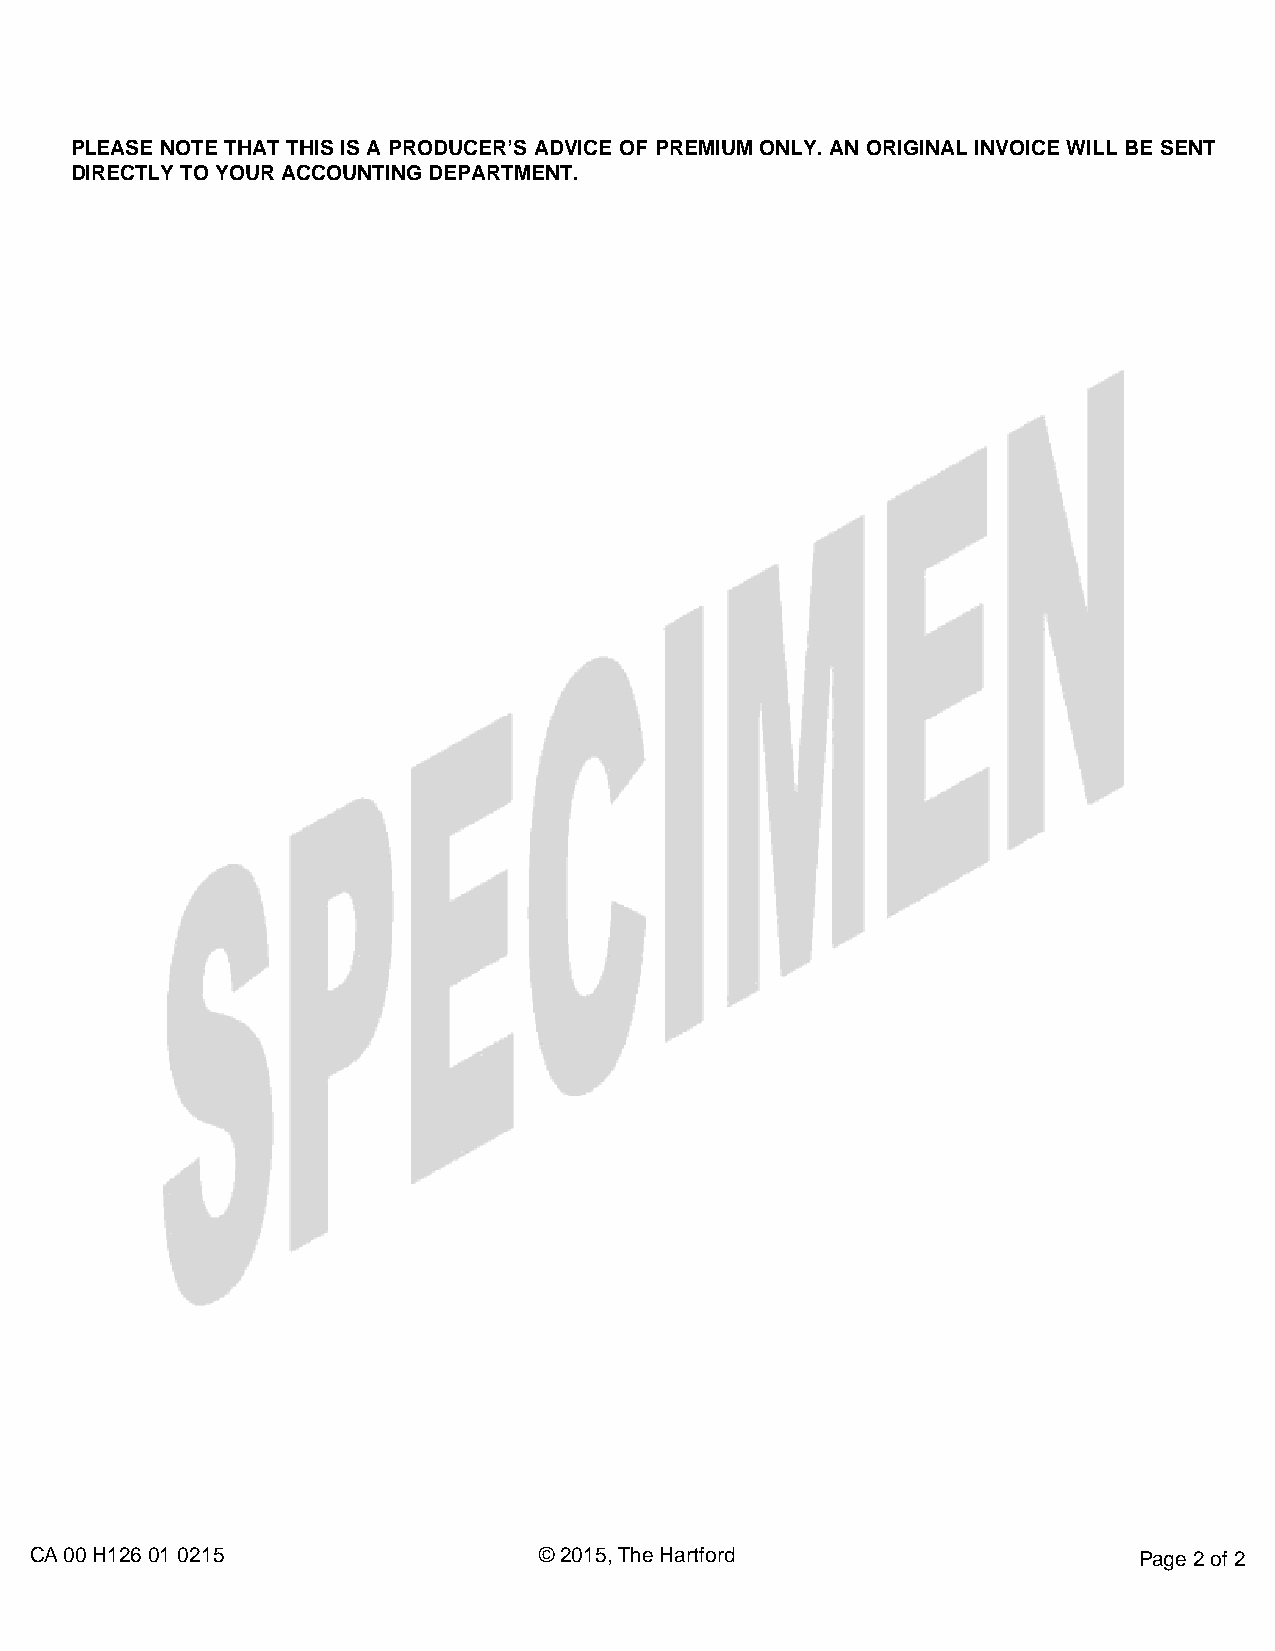
PLEASE NOTE THAT THIS IS A PRODUCER’S ADVICE OF PREMIUM ONLY. AN ORIGINAL INVOICE WILL BE SENT
 DIRECTLY TO YOUR ACCOUNTING DEPARTMENT.
 CA 00 H126 01 0215                © 2015, The Hartford                   Page 2 of 2